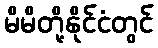
မိမိတို့နိုင်ငံတွင်